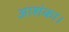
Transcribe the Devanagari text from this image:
आशंका।